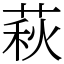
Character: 萩